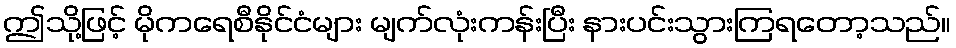
ဤသို့ဖြင့် မိုကရေစီနိုင်ငံများ မျက်လုံးကန်းပြီး နားပင်းသွားကြရတော့သည်။